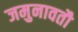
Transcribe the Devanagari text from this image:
जमुनावतौ